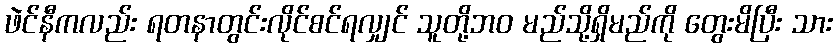
ဖဲင်နီကလည်း ရတနာတွင်းလိုင်စင်ရလျှင် သူတို့ဘဝ မည်သို့ရှိမည်ကို တွေးမိပြီး သား